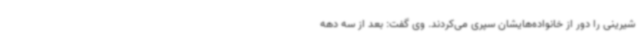
شیرینی را دور از خانواده‌هایشان سپری می‌کردند. وی گفت: بعد از سه دهه